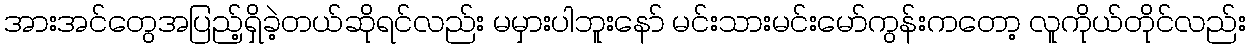
အားအင်တွေအပြည့်ရှိခဲ့တယ်ဆိုရင်လည်း မမှားပါဘူးနော် မင်းသားမင်းမော်ကွန်းကတော့ လူကိုယ်တိုင်လည်း